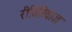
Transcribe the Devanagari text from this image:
रीतिरिवाज़